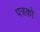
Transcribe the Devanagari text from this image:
पत्रको